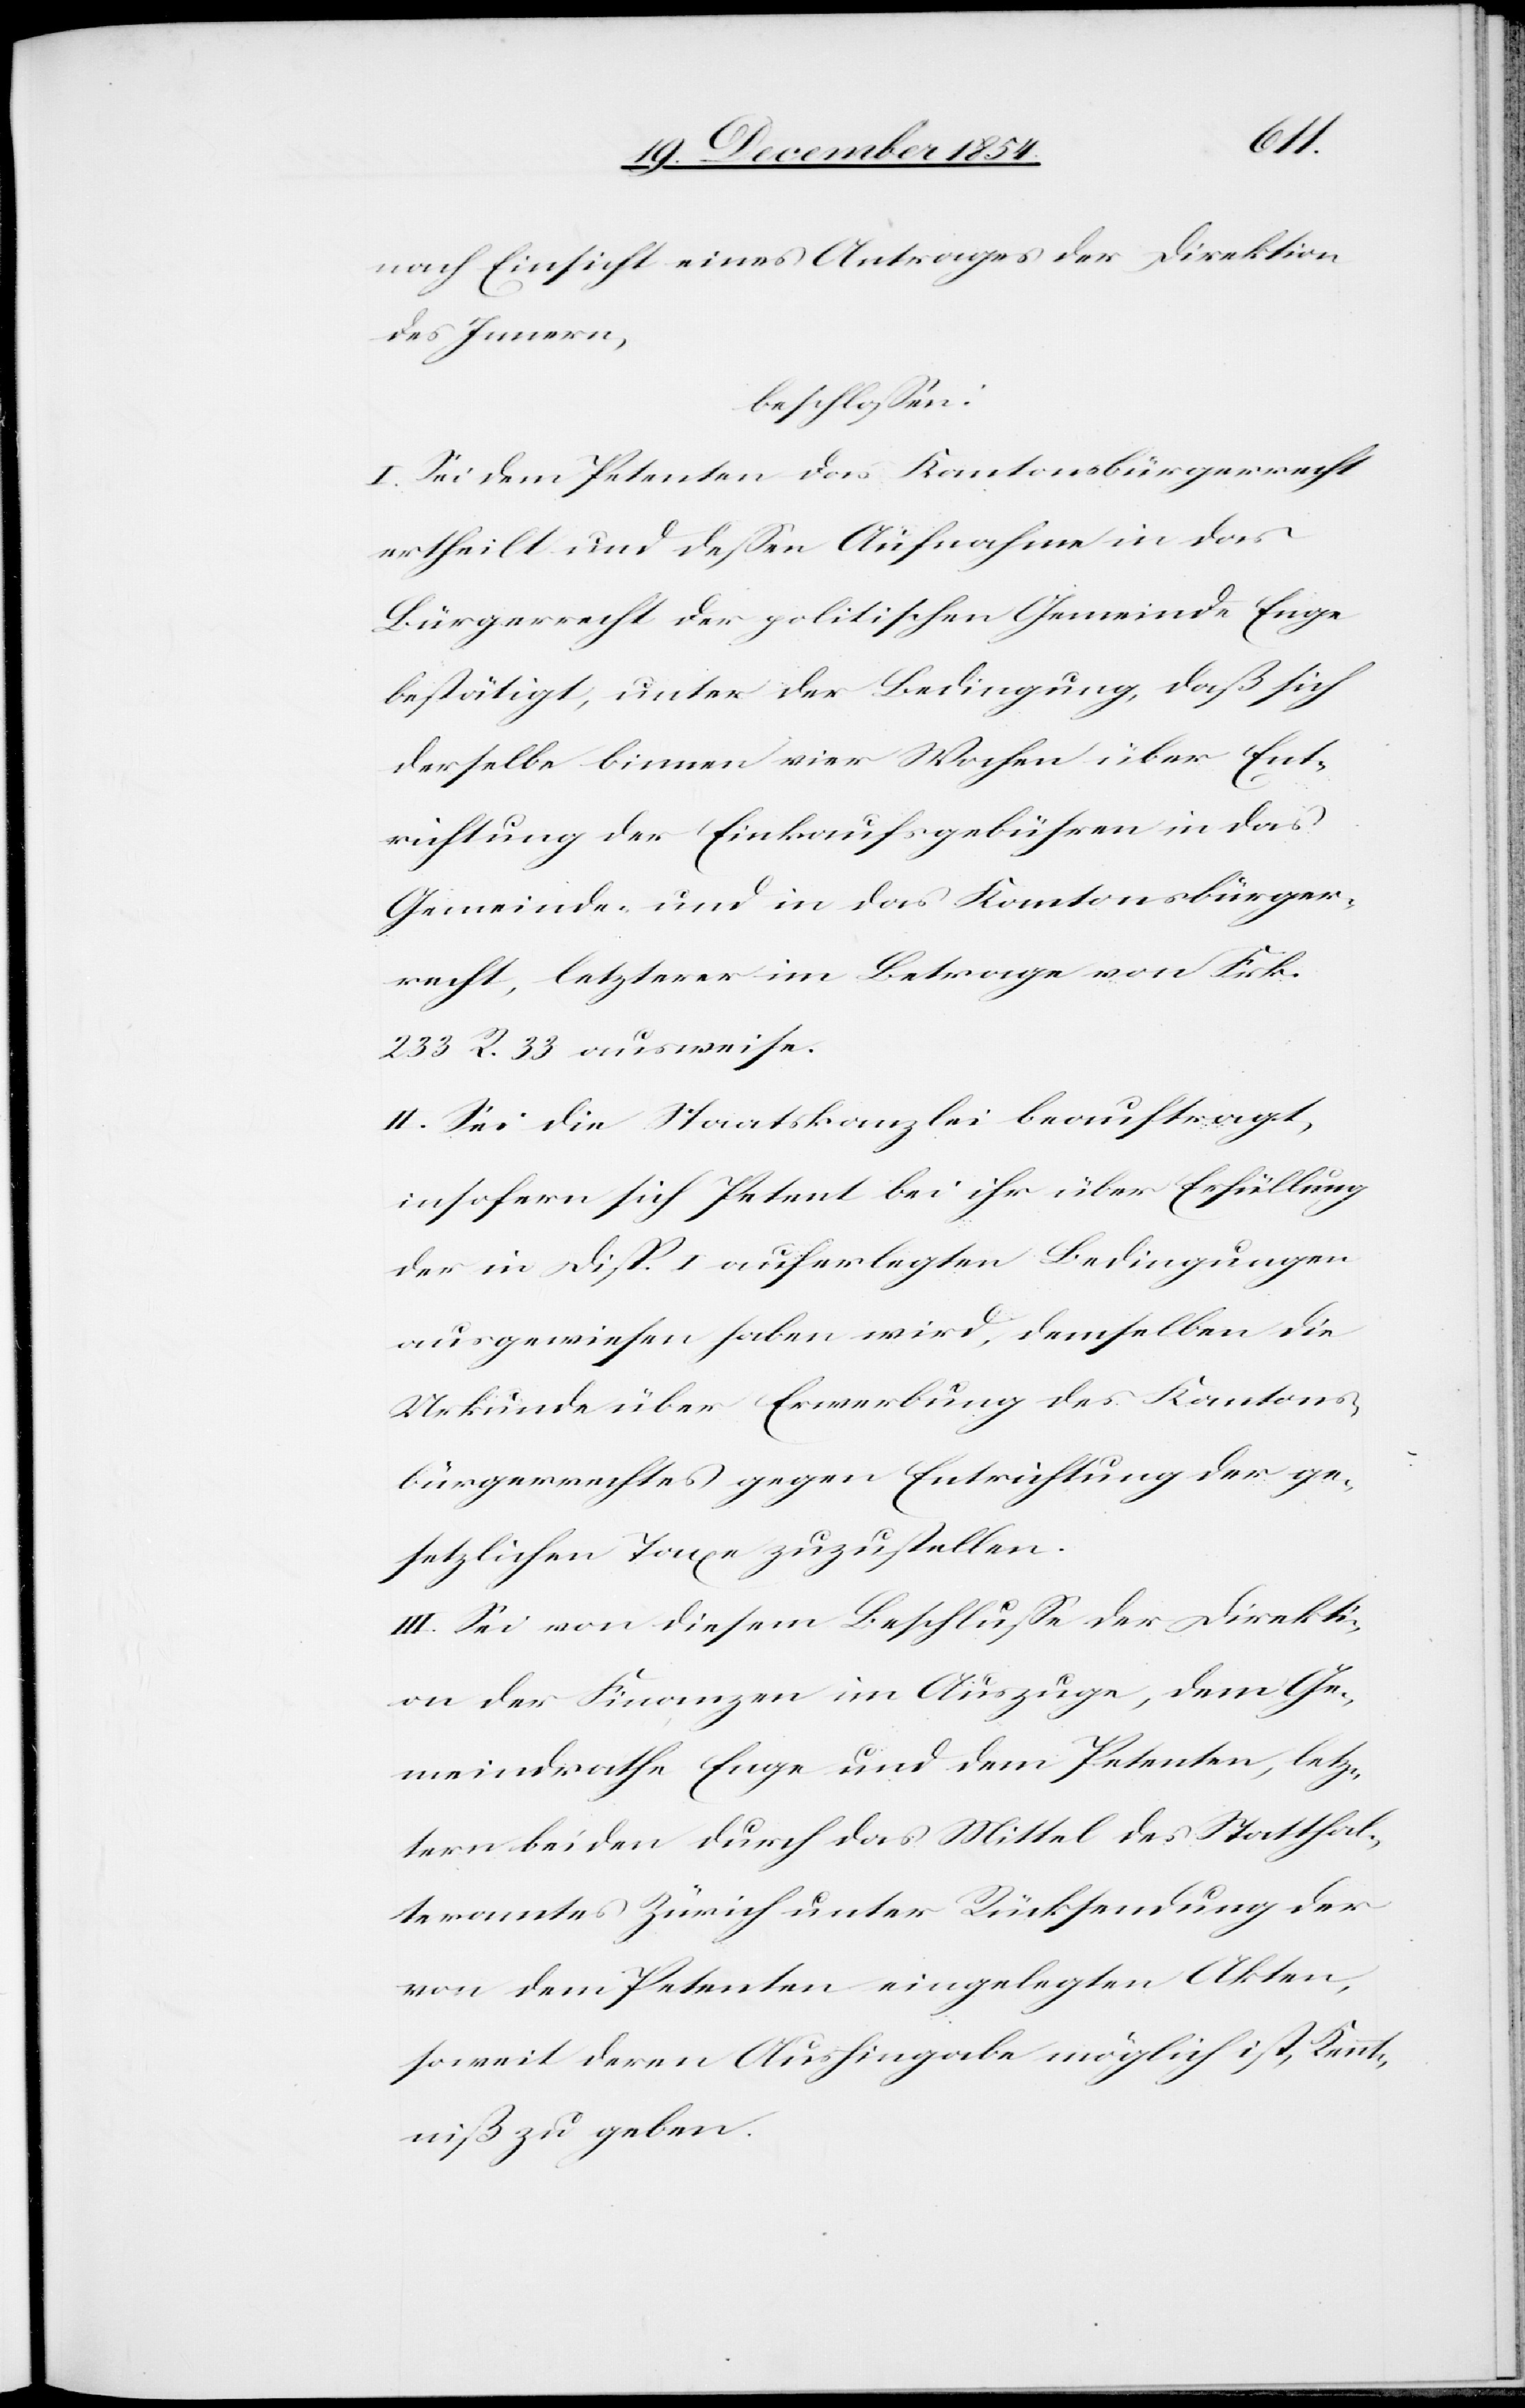
nach Einsicht eines Antrages der Direktion
des Innern,
beschloßen:
I. Sei dem Petenten das Kantonsbürgerrecht
ertheilt und deßen Aufnahme in das
Bürgerrecht der politischen Gemeinde Enge
bestätigt, unter der Bedingung, daß sich
derselbe binnen vier Wochen über Ent¬
richtung der Einkaufsgebühren in das
Gemeinde- und in das Kantonsbürger¬
recht, letztere im Betrage von Frk.
233 R. 33 ausweise.
II. Sei die Staatskanzlei beauftragt,
insofern sich Petent bei ihr über Erfüllung
der in Disp. I auferlegten Bedingungen
ausgewiesen haben wird, demselben die
Urkunde über Erwerbung des Kantons¬
bürgerrechtes gegen Entrichtung der ge¬
setzlichen Taxe zuzustellen.
III. Sei von diesem Beschluße der Direkti¬
on der Finanzen im Auszuge, dem Ge¬
meindrath Enge und dem Petenten, letz¬
tern beiden durch das Mittel des Statthal¬
teramtes Zürich unter Rücksendung der
von dem Petenten eingelegten Akten,
soweit deren Aushingabe möglich ist, Kennt¬
niß zu geben.